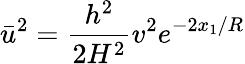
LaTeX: \bar{u}^{2}=\frac{h^{2}}{2H^{2}}v^{2}e^{-2x_{1}/R}